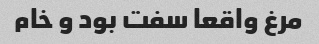
مرغ واقعا سفت بود و خام